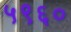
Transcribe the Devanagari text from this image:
५९६०